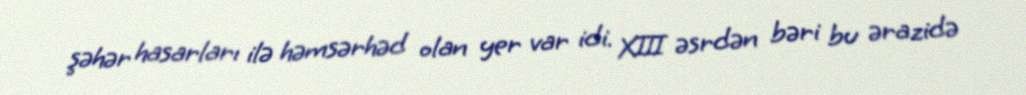
şəhər hasarları ilə həmsərhəd olan yer var idi. XIII əsrdən bəri bu ərazidə